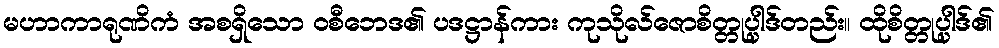
မဟာကာရုဏိကံ အစရှိသော ဝစီဘေဒ၏ ပဒဋ္ဌာန်ကား ကုသိုလ်ဇောစိတ္တုပ္ပါဒ်တည်း။ ထိုစိတ္တုပ္ပါဒ်၏